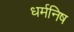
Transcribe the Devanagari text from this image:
धर्मनिष